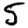
Digit: 5